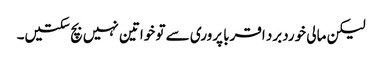
لیکن مالی خوردبرد اقربا پروری سے تو خواتین نہیں بچ سکتیں۔